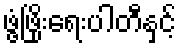
ဖွံ့ဖြိုးရေးပါတီနှင့်